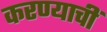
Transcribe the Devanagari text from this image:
करण्याचीं